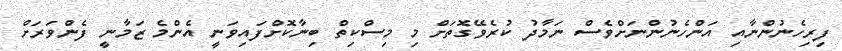
ފިރިހެނުންނާއި އަންހެނުންނަށްވެސް ނަމާދު ކުރެވޭގޮތަށް މި މިސްކިތް ބިނާކޮށްފައިވަނީ އެންމެ ޒަމާނީ ފެންވަރަށް